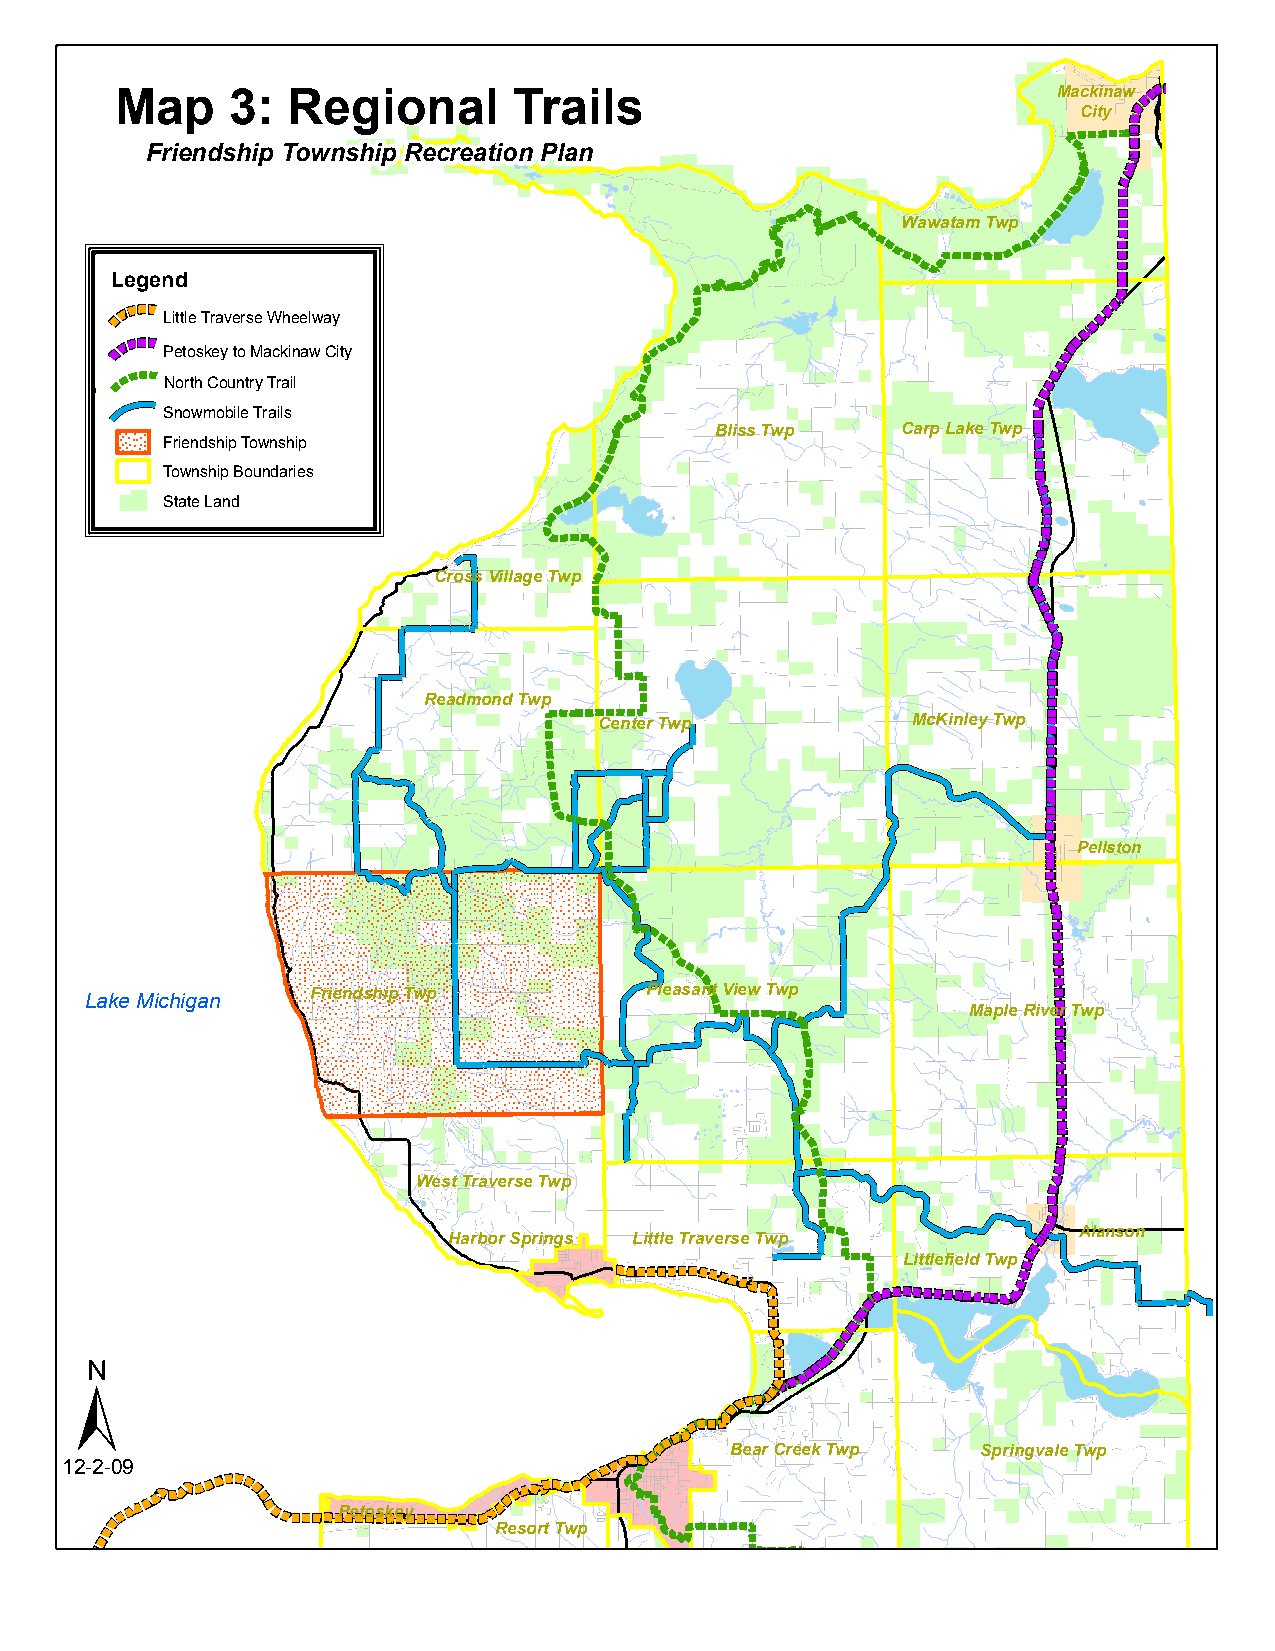
Mackinaw
 Map    3:  Regional       Trails
 City
 Friendship Township Recreation Plan
 Wawatam Twp
 Legend
 Little Traverse Wheelway
 Petoskey to Mackinaw City
 North Country Trail
 Snowmobile Trails
 Bliss Twp    Carp Lake Twp
 Friendship Township
 Township Boundaries
 State Land
 Cross Village Twp
 Readmond Twp
 Center Twp          McKinley Twp
 Pellston
 Lake Michigan  Friendship Twp        Pleasant View Twp
 Maple River Twp
 West Traverse Twp
 Harbor Springs Little Traverse Twp       Alanson
 Littlefield Twp
 ±
 Bear Creek Twp   Springvale Twp
 12-2-09
 Petoskey
 Resort Twp